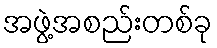
အဖွဲ့အစည်းတစ်ခု